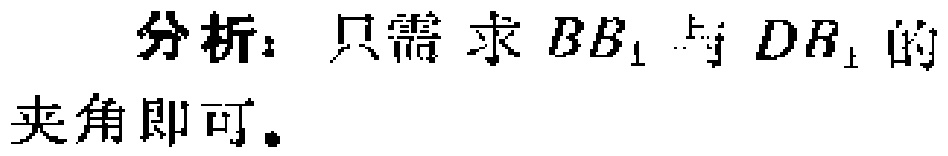
分析：只需求 \(BB_{1}\) 与 \(DR_{1}\) 的夹角即可。